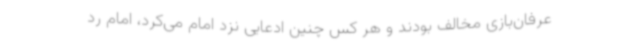
عرفان‌بازی مخالف بودند و هر کس چنین ادعایی نزد امام می‌کرد، امام رد